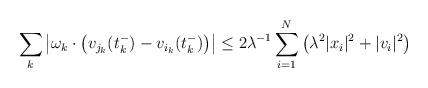
LaTeX: \begin{align*}\sum_k \left| \omega_k \cdot \left( v_{j_k} (t_k^-) -v_{i_k} (t_k^-) \right) \right| \leq 2 \lambda^{-1} \sum_{i=1}^N\left( \lambda^2 |x_i|^2 + |v_i|^2 \right)\end{align*}